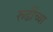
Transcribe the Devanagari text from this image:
रूढींच्या